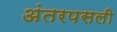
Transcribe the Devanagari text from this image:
अंतरपसली